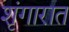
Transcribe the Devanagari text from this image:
शृंगारात